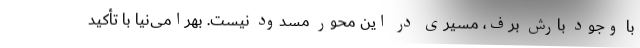
با وجود بارش برف، مسیری در این محور مسدود نیست. بهرامی‌نیا با تأکید